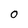
Character: 0